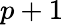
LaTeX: p+1